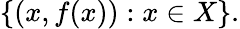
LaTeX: \{ (x,f(x)):x\in X\} .